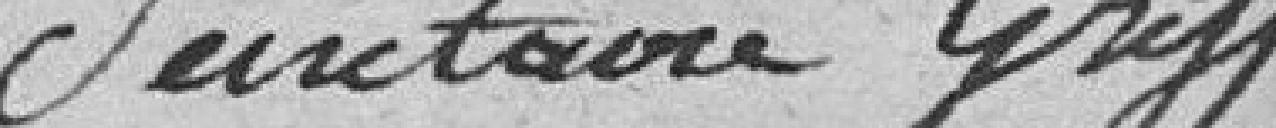
Secrétaire greffier